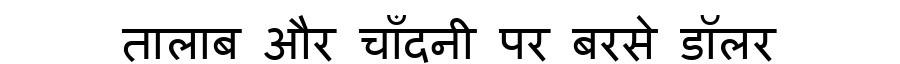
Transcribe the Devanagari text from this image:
तालाब और चाँदनी पर बरसे डॉलर